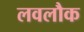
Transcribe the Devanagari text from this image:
लवलौक